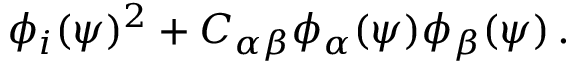
\phi _ { i } ( \psi ) ^ { 2 } + C _ { \alpha \beta } \phi _ { \alpha } ( \psi ) \phi _ { \beta } ( \psi ) \, .